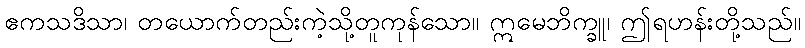
ဧကသဒိသာ၊ တယောက်တည်းကဲ့သို့တူကုန်သော။ ဣမေဘိက္ခူ၊ ဤရဟန်းတို့သည်။